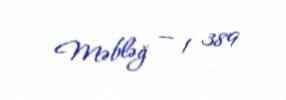
Məbləğ — 1 389